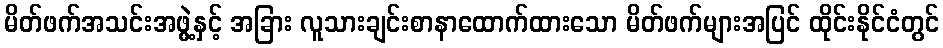
မိတ်ဖက်အသင်းအဖွဲ့နှင့် အခြား လူသားချင်းစာနာထောက်ထားသော မိတ်ဖက်များအပြင် ထိုင်းနိုင်ငံတွင်